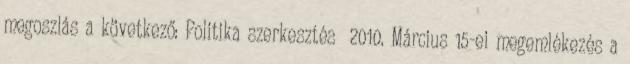
megoszlás a következő: Politika szerkesztés 2010. Március 15-ei megemlékezés a